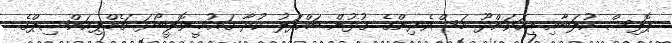
ޕޮލިސް ކުލަބާއި އިހަވަންދޫ މަސްވެރިންގެ ގުޅުން ބައްދަލު ކުރާ ގައުމީ ވޮލީބޯޅަ ޗެމްޕިއަންޝިޕްގެ